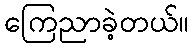
ကြေညာခဲ့တယ်။